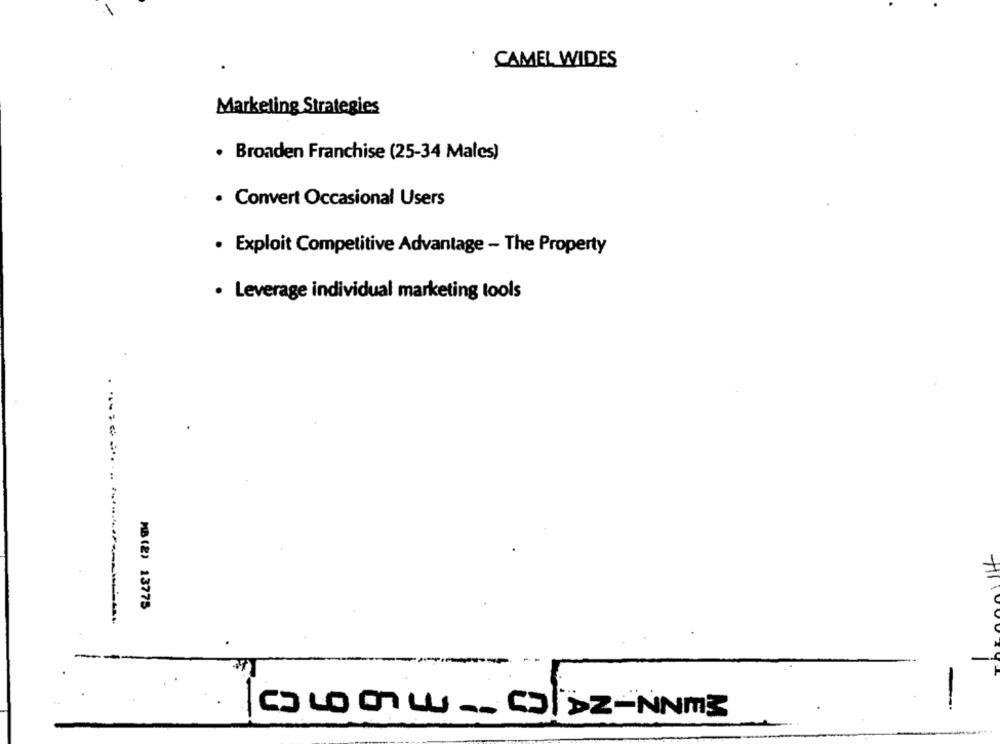
CAMEL WIDES
Marketing Strategies
· Broaden Franchise (25-34 Males)
· Convert Occasional Users
· Exploit Competitive Advantage - The Property
· Leverage individual marketing tools
MB (2) 13775
CO LOW __ CDZ-NNM3